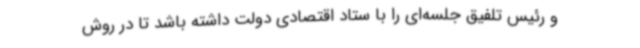
و رئیس تلفیق جلسه‌ای را با ستاد اقتصادی دولت داشته باشد تا در روش